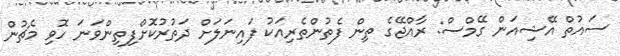
ސައުތް އޭޝިއަން ގޭމްސް: ރާއްޖޭގެ ތިން ފެތުންތެރިއަކު ފައިނަލަށް ދަތުރުކޮށްފިތިންވަނަ ހޮވި މެޗުން